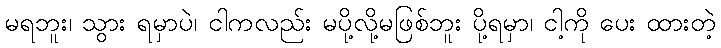
မရဘူး၊ သွား ရမှာပဲ၊ ငါကလည်း မပို့လို့မဖြစ်ဘူး ပို့ရမှာ၊ ငါ့ကို ပေး ထားတဲ့